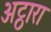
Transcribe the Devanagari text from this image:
अट्ठारा